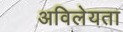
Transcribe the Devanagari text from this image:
अविलेयता